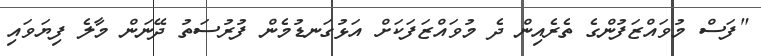
"ފަސް މުވައްޒަފުންގެ ތެރެއިން ދެ މުވައްޒަފަކަށް އަޅުގަނޑުމެން ފުރުސަތު ދޭނަން މާލެ ފިޔަވައި